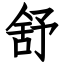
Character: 舒